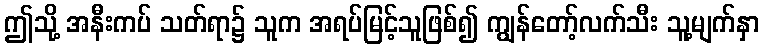
ဤသို့ အနီးကပ် သတ်ရာ၌ သူက အရပ်မြင့်သူဖြစ်၍ ကျွန်တော့်လက်သီး သူ့မျက်နှာ